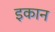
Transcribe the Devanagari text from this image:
इकान